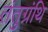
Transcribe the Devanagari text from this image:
तंतुग्रंथि